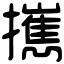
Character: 𢹂